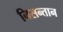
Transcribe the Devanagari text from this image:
निसन्तान